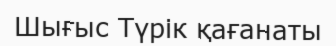
Шығыс Түрік қағанаты